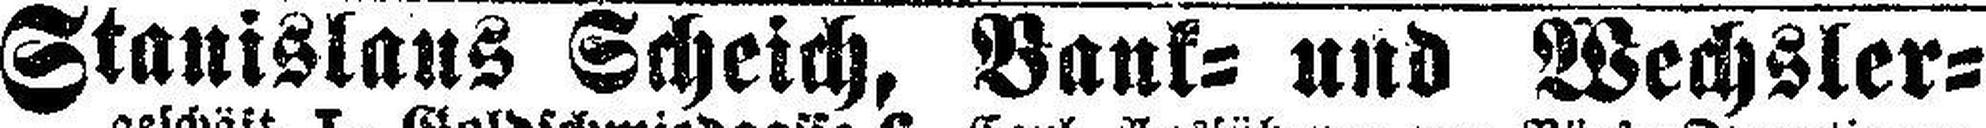
Stanislaus Scheich, Bank= und Wechsler¬